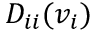
D _ { i i } ( v _ { i } )